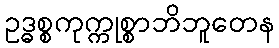
ဥဒ္ဓစ္စကုက္ကုစ္စာဘိဘူတေန